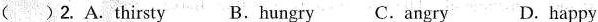
( )2. A.thirsty B.hungry C.angry D.happy